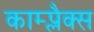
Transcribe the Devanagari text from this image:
काम्प्लैक्स